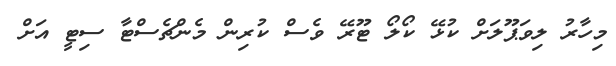
މިހާރު ލިވަޕޫލަށް ކުޅޭ ކޯލޯ ޓޫރޭ ވެސް ކުރިން މެންޗެސްޓާ ސިޓީ އަށް